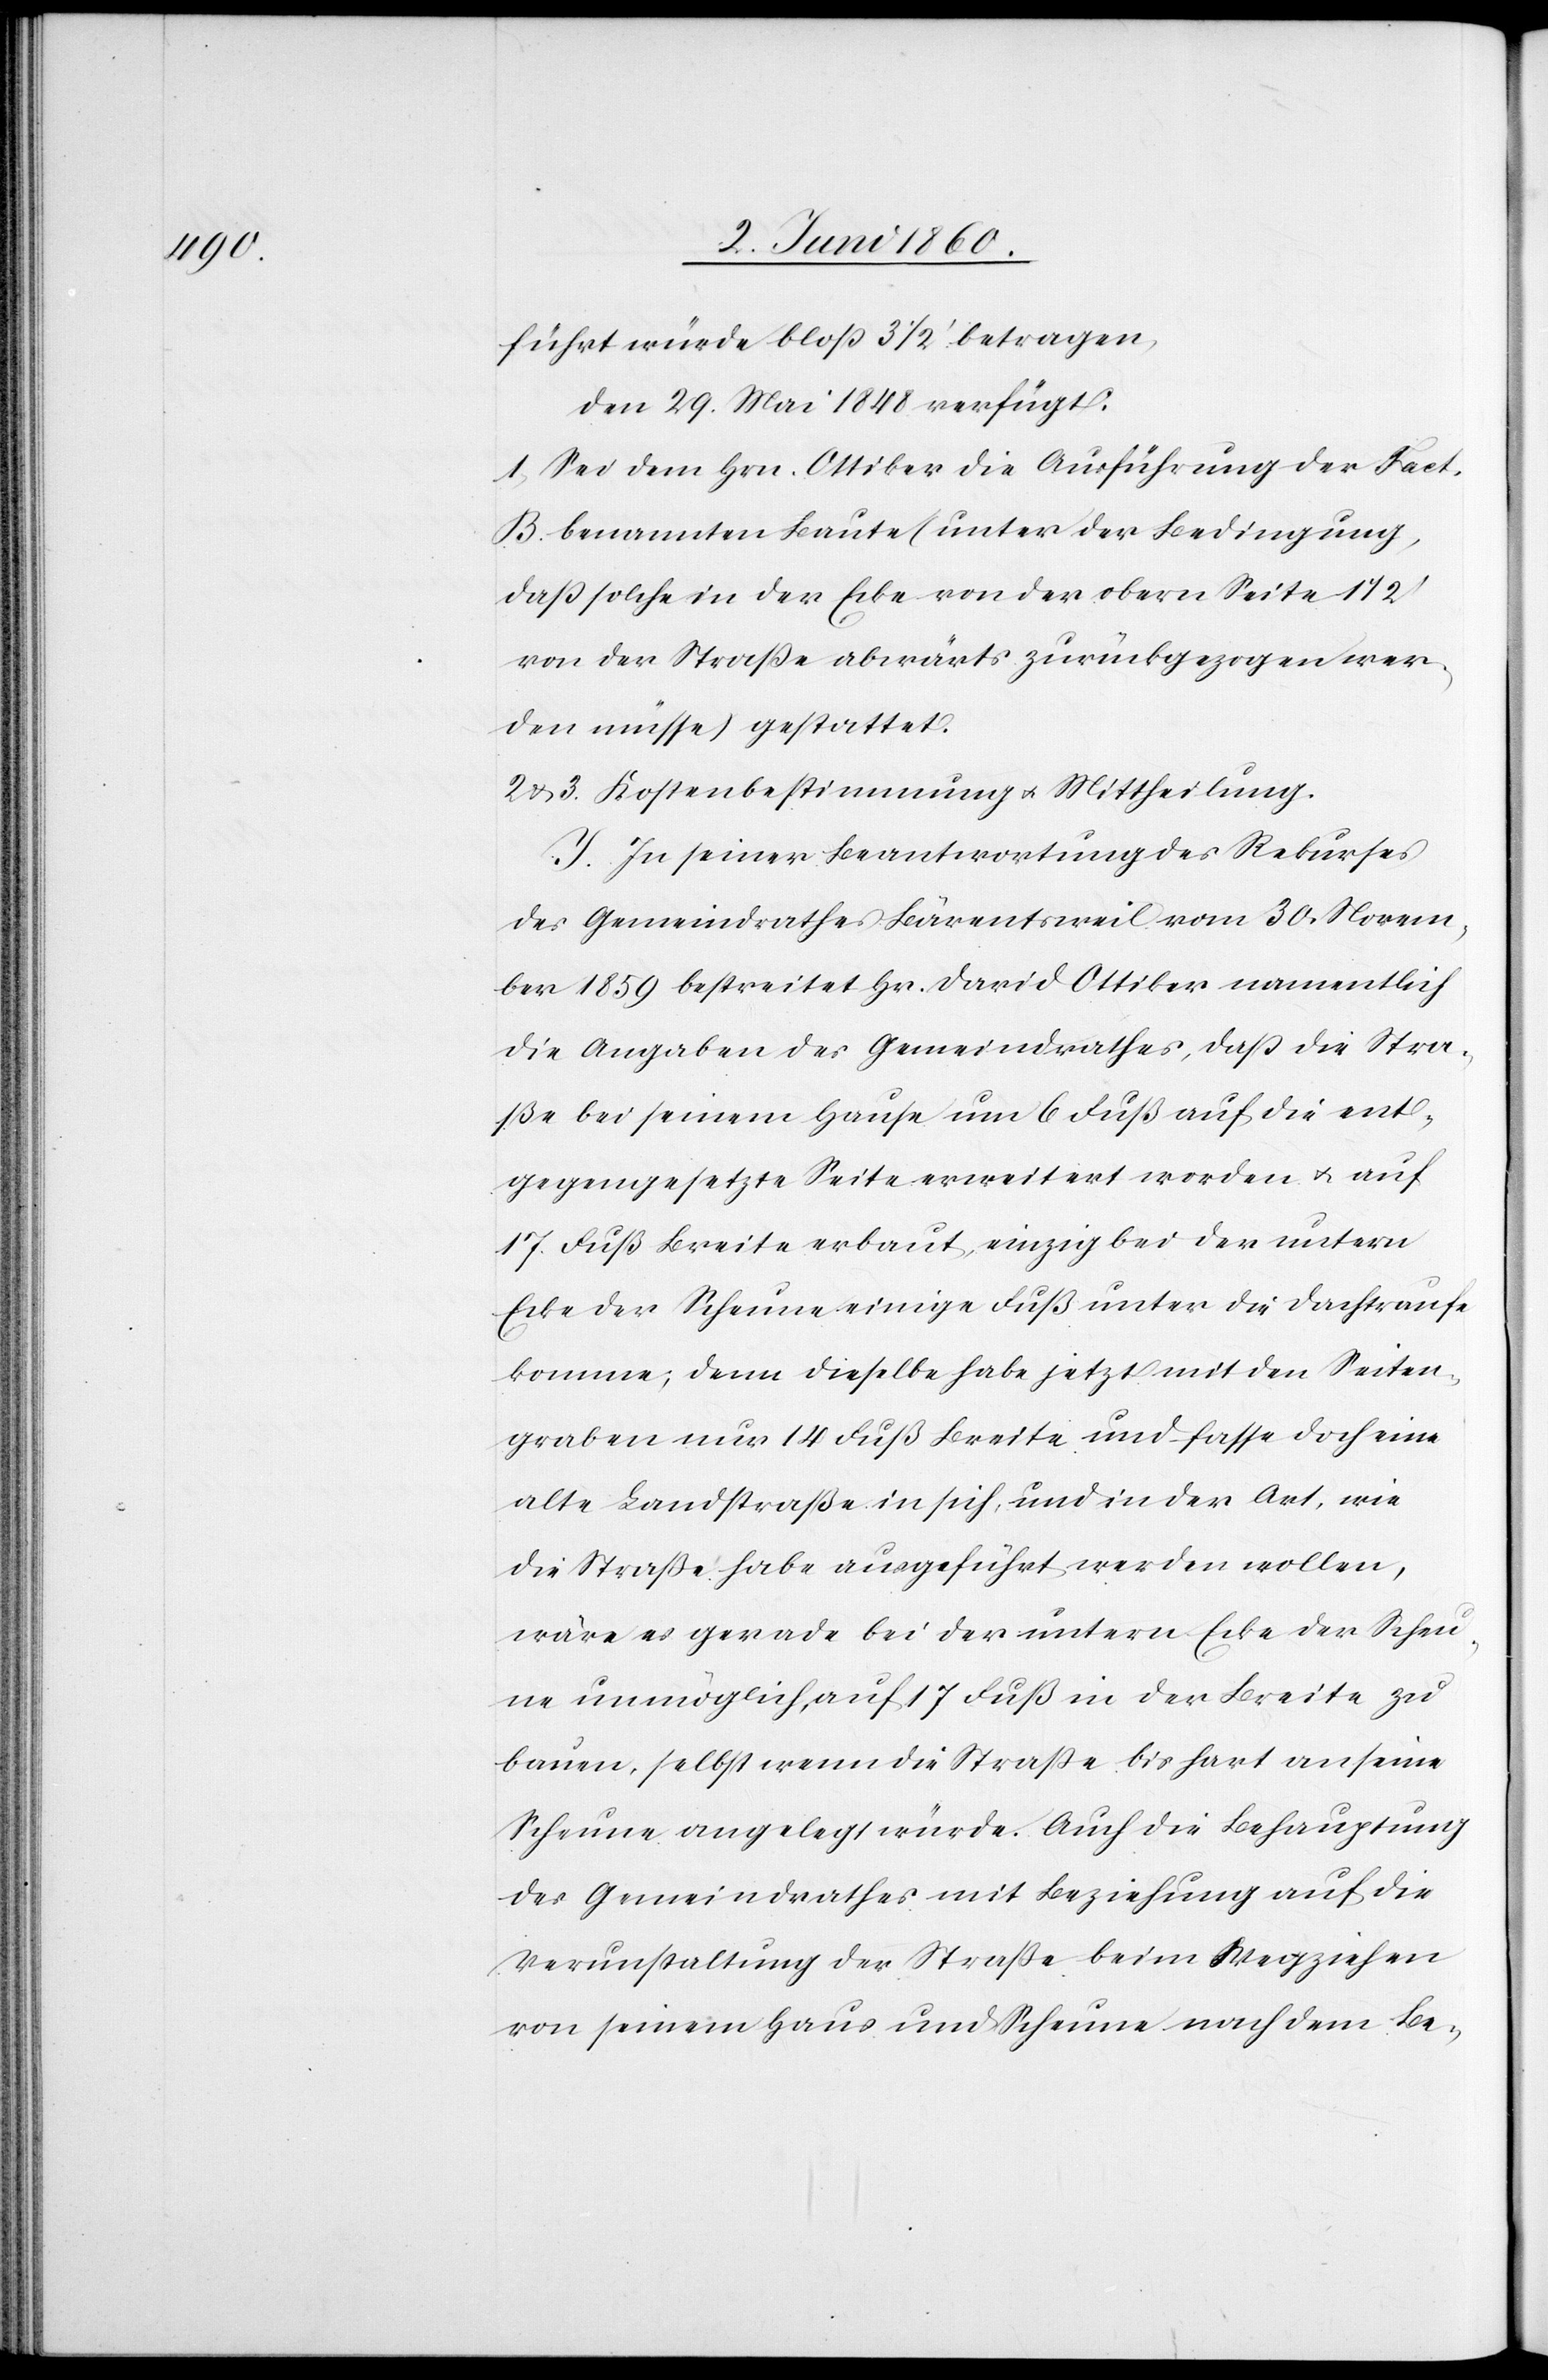
führt würde bloss 3 1/2’ betragen,
Den 29. Mai 1848 verfügt.
1. Sei dem Hrn. Ottiker die Ausführung der Fact.
B. benannten Baute (unter der Bedingung,
dass solche in der Ecke von der obern Seite 1
von der Strasse abwärts zurückgezogen wer¬
den müsse) gestattet.
2 u. 3. Kostenbestimmung u. Mittheilung.
J. In seiner Beantwortung des Rekurses
des Gemeindrathes Bärentsweil vom 30. Novem¬
ber 1859 bestreitet Hr. David Ottiker namentlich
die Angaben des Gemeindrathes, dass die Stra¬
ße bei seinem Hause um 6 Fuß auf die ent¬
gegengesetzte Seite erweitert worden u. auf
17 Fuß Breite erbaut, einzig bei der untern
Ecke der Scheune einige Fuß unter die Dachtraufe
komme; denn dieselbe habe jetzt mit dem Seiten¬
graben nur 14 Fuß Breite und fasse doch eine
alte Landstraße in sich, und in der Art, wie
die Strasse habe ausgeführt werden wollen,
wäre es gerade bei der untern Ecke der Scheu¬
ne unmöglich, auf 17 Fuß in der Breite zu
bauen, selbst wenn die Strasse bis hart an seine
Scheune angelegt würde. Auch die Behauptung
des Gemeindrathes mit Beziehung auf die
Verunstaltung der Straße beim Wegziehen
von seinem Haus und Scheune nach dem Be-